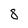
Character: 8